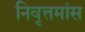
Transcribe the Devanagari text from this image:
निवृत्तमांस